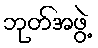
ဘုတ်အဖွဲ့